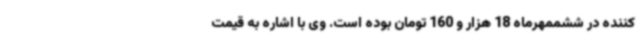
‌کننده در ششممهرماه 18 هزار و 160 تومان بوده است. وی با اشاره به قیمت